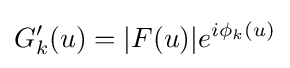
G'_{k}(u)=|F(u)|e^{i\phi _{k}(u)}